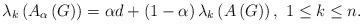
LaTeX: \begin{align*}\lambda_{k}\left( A_{\alpha}\left( G\right) \right) =\alpha d+\left(1-\alpha\right) \lambda_{k}\left( A\left( G\right) \right) ,\text{\ }1\leq k\leq n. \end{align*}